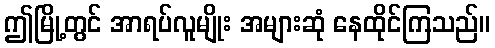
ဤမြို့တွင် အာရပ်လူမျိုး အများဆုံ နေထိုင်ကြသည်။